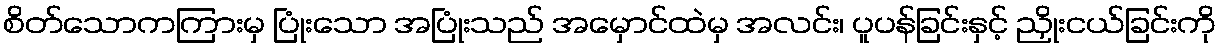
စိတ်သောကကြားမှ ပြုံးသော အပြုံးသည် အမှောင်ထဲမှ အလင်း၊ ပူပန်ခြင်းနှင့် ညှိုးငယ်ခြင်းကို